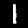
Digit: 1